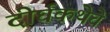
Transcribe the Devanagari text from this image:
दीर्घकथेचे